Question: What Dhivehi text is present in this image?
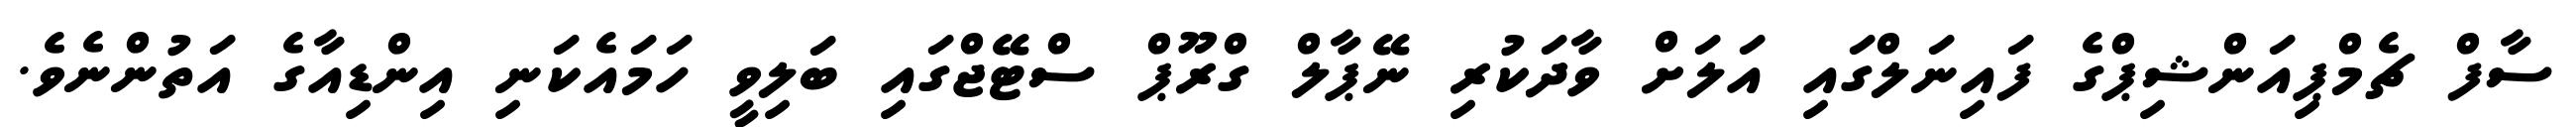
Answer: ސާފް ޗެމްޕިއަންޝިޕްގެ ފައިނަލްގައި އަލަށް ވާދަކުރި ނޭޕާލް ގްރޫޕް ސްޓޭޖްގައި ބަލިވީ ހަމައެކަނި އިންޑިއާގެ އަތުންނެވެ.